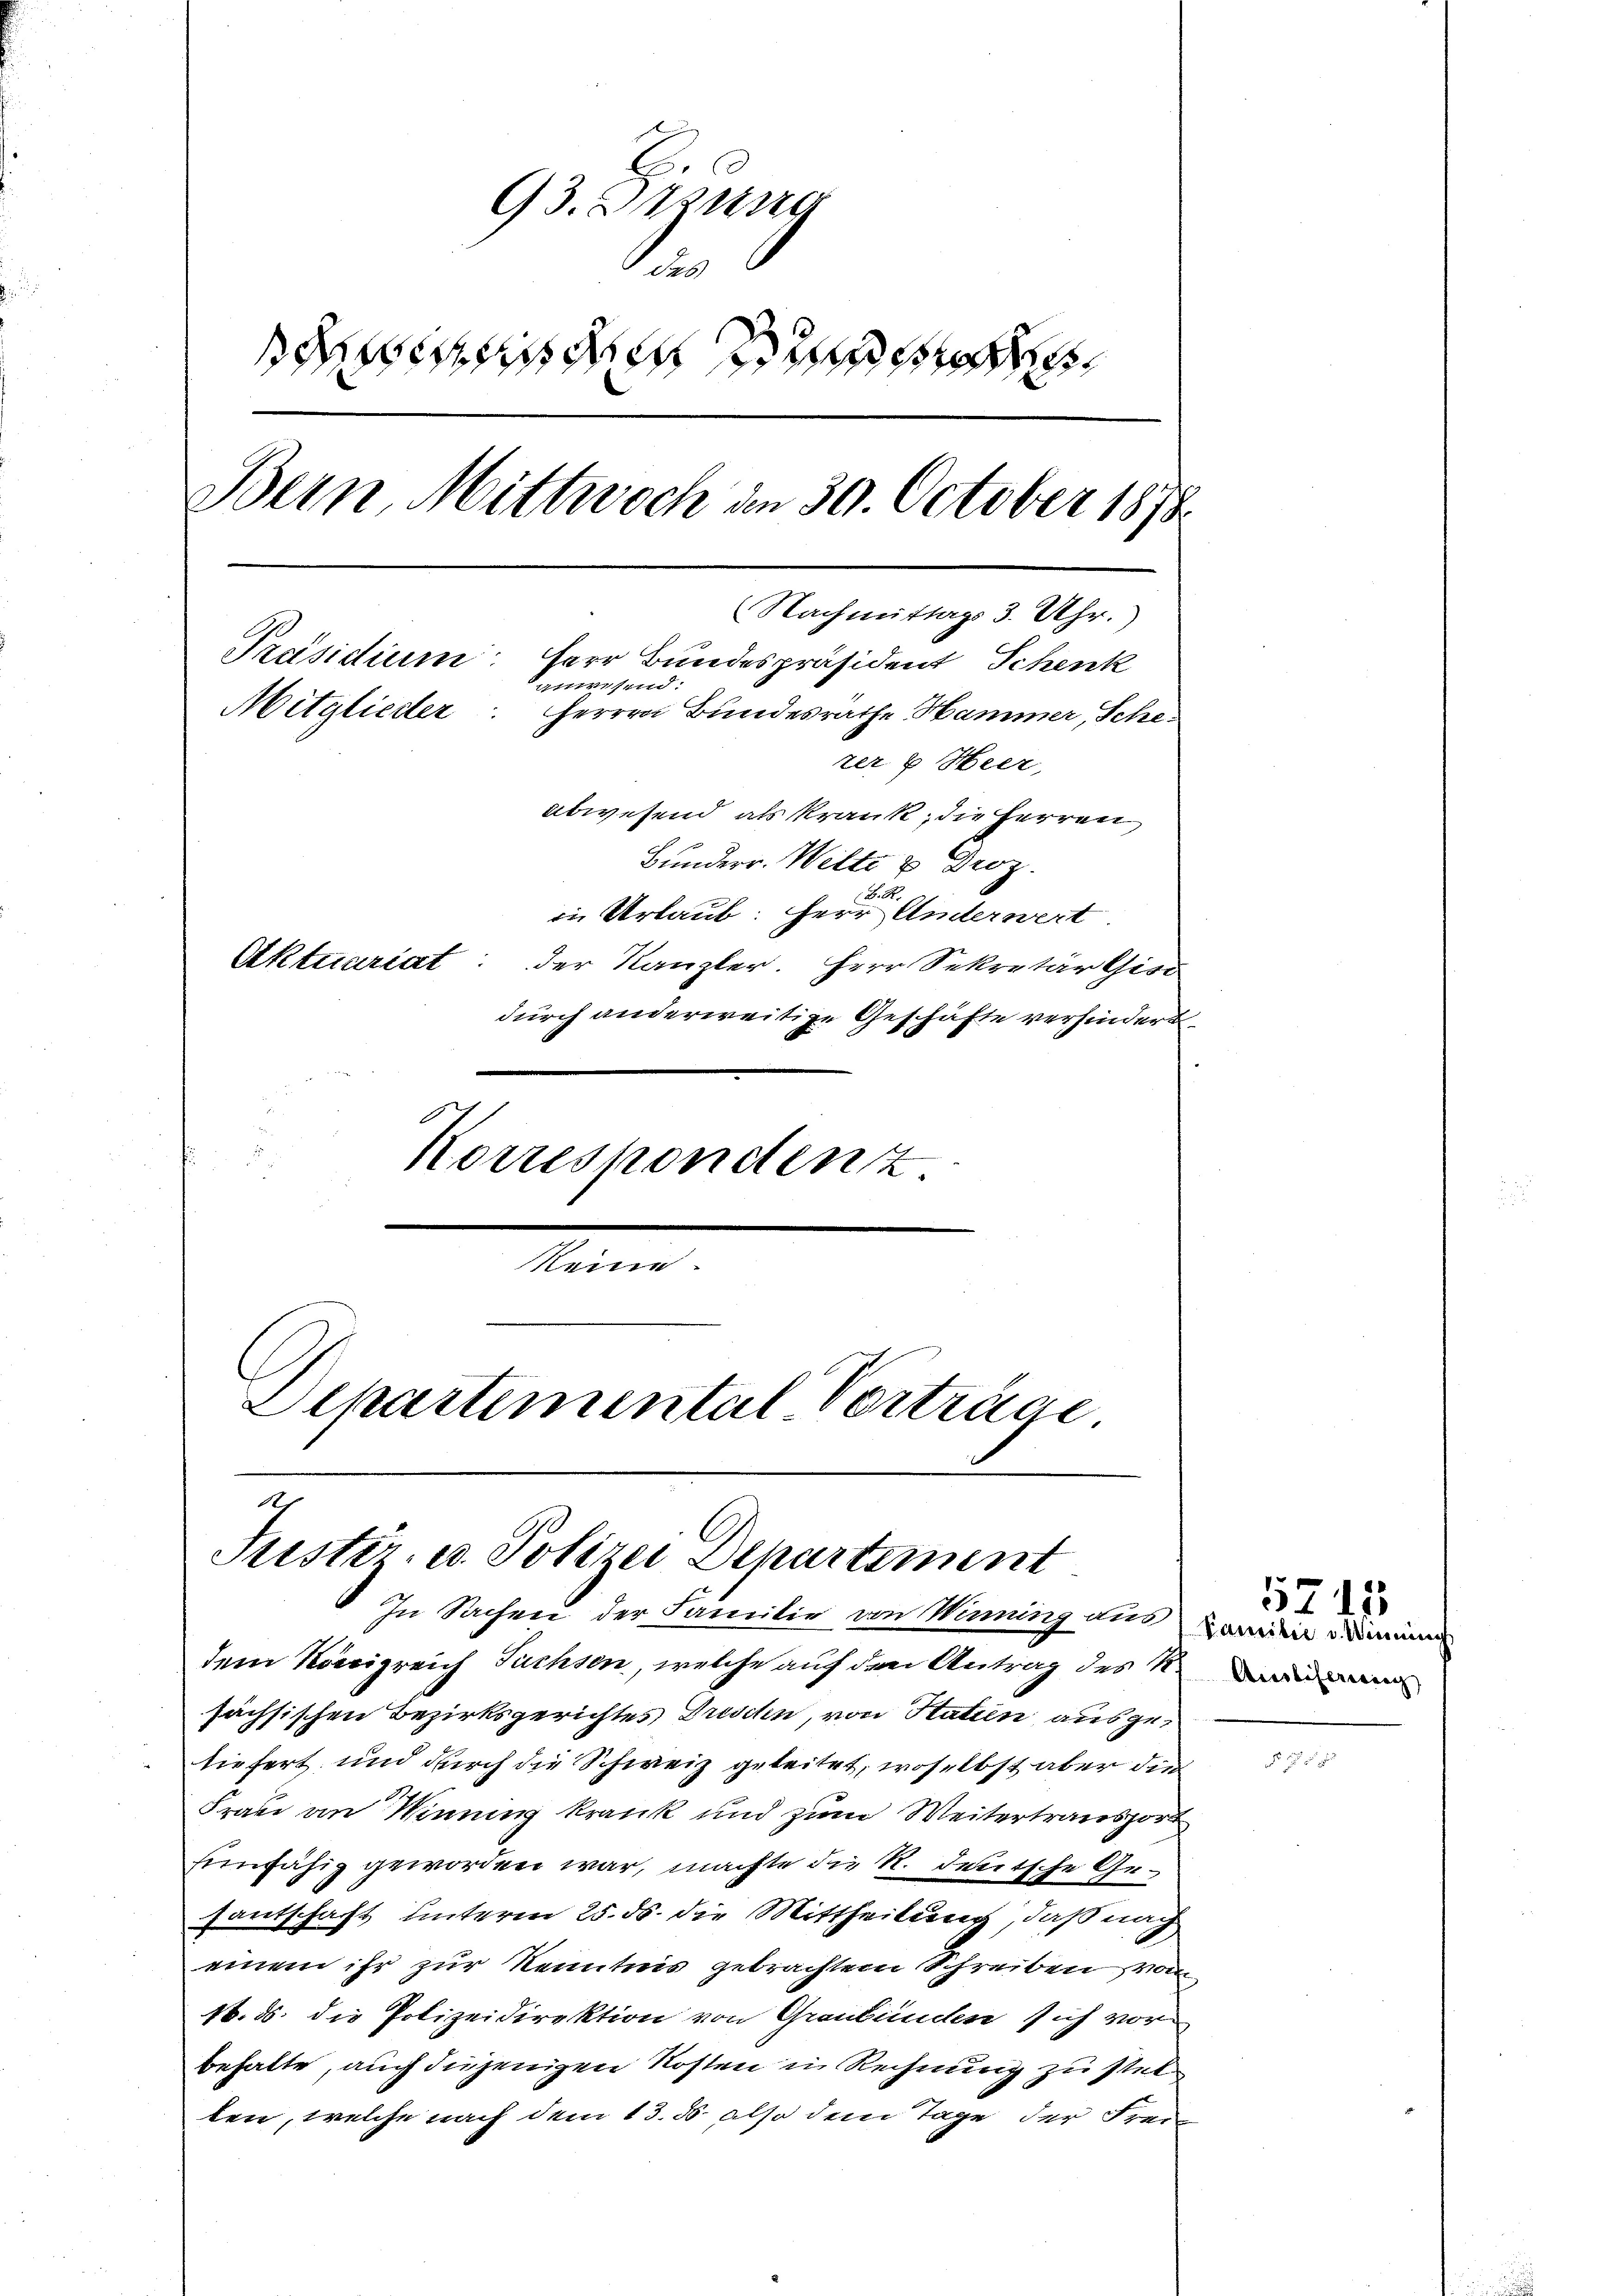
93. Sizung
t
einden s
Bern, Mittwoch den 30. October 1878.
Nachmittags 3. Uhr.
Präsidium: Herr Bundespräsident Schenk
anwesend:
Mitglieder: Herren Bundesräthe Hammer, Schezer & Heer,
abwesend als krank, die Herren
Bunderr. Wilte & Droz.
in Urlaub: Herrn Unterwert
Aktuariat: der Kanzler. Herr Sekretär Gis
durch anderweitige Geschäfte verhindert.
Korrespondenz
.

Departemental Vorträge.
A
Juester. u. Polizei Departement

In Sachen der Familie von Winning aus
dem Königreich Fuchsen, welche auf den Antrag des N.
sächsischen Bezirksgerichtes Frischen, von Statien ausgetiefert und durch die Schweiz geleitet, woselbst aber die
Frau an Winung krank und zum Weitertransport
Einfähig geworden war, machte die R. deutsche Gesantschaft unterm 25. ds. die Mittheilung, daß nach
einem ihr zur Kenntnis gebrachtem Schreiben von
16. ds. die Polizeidirektion von Graubünden sich vor
behalte, auch diejenigen Kosten in Rechnung zu stel
ten, welche nach dem 13. d. also dem Tage der Frei

Familie v. Winni

5713